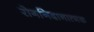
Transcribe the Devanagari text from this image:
रोगनिदानात्मक